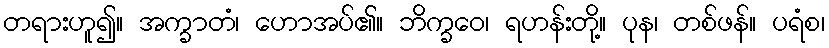
တရားဟူ၍။ အက္ခာတံ၊ ဟောအပ်၏။ ဘိက္ခဝေ၊ ရဟန်းတို့။ ပုန၊ တစ်ဖန်။ ပရံစ၊